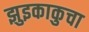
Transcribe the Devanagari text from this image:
झुइकाकुचा